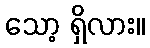
သော့ ရှိလား။